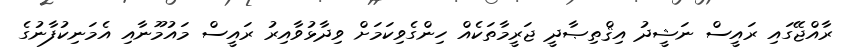
ރާއްޖޭގައި ރައީސް ނަޝީދު އިޤްތިޞާދީ ޖަރީމާތަކެއް ހިންގެވިކަމަށް ވިދާޅުވާއިރު ރައީސް މައުމޫނާއި އެމަނިކުފާނުގެ